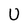
Character: U